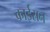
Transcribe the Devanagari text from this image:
काईसन